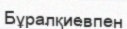
Бұралқиевпен